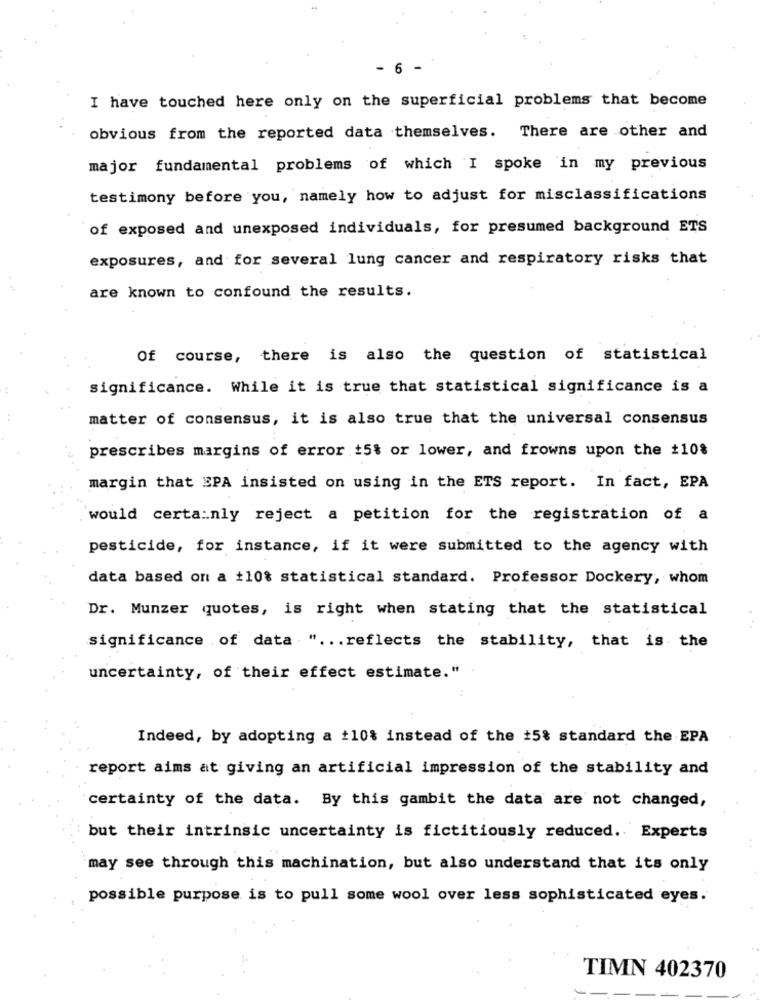
- 6 -
I have touched here only on the superficial problems that become
obvious from the reported data themselves. There are other and
major fundamental problems of which I spoke in my previous
testimony before you, namely how to adjust for misclassifications
of exposed and unexposed individuals, for presumed background ETS
exposures, and for several lung cancer and respiratory risks that
are known to confound the results.
Of course, there is also the question of statistical
significance. While it is true that statistical significance is a
matter of consensus, it is also true that the universal consensus
prescribes margins of error 15% or lower, and frowns upon the #10%
margin that EPA insisted on using in the ETS report. In fact, EPA
would certainly reject a petition for the registration of a
pesticide, for instance, if it were submitted to the agency with
data based on a +10% statistical standard. Professor Dockery, whom
Dr. Munzer quotes, is right when stating that the statistical
significance of data " ... reflects the stability, that is the
uncertainty, of their effect estimate."
Indeed, by adopting a +10% instead of the +5% standard the EPA
report aims at giving an artificial impression of the stability and
certainty of the data. By this gambit the data are not changed,
but their intrinsic uncertainty is fictitiously reduced. Experts
..
may see through this machination, but also understand that its only
possible purpose is to pull some wool over less sophisticated eyes.
TIMN 402370